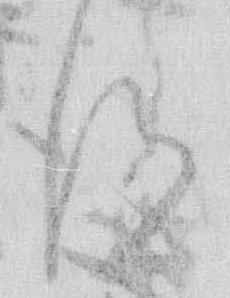
得